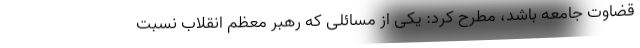
قضاوت جامعه باشد، مطرح کرد: یکی از مسائلی که رهبر معظم انقلاب نسبت